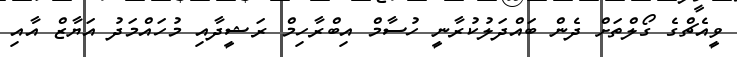
ވީއެޗްގެ ގޯލްތަށް ދެން ބައްދަލުކުރާނީ ހުސާމް އިބްރާހިމް ރަޝީދާއި މުހައްމަދު އަޔާޒް އާއި